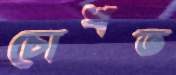
চোখত